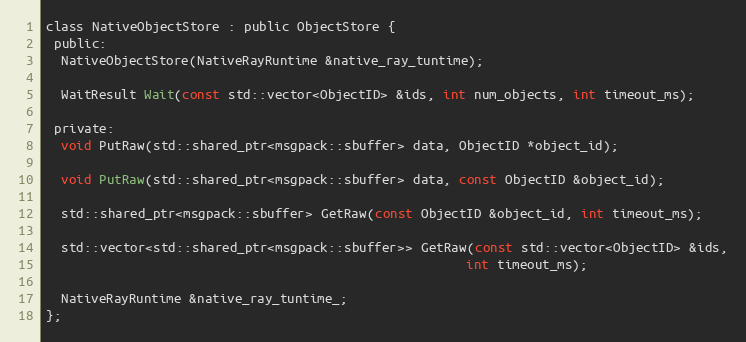
Language: C
class NativeObjectStore : public ObjectStore {
 public:
  NativeObjectStore(NativeRayRuntime &native_ray_tuntime);

  WaitResult Wait(const std::vector<ObjectID> &ids, int num_objects, int timeout_ms);

 private:
  void PutRaw(std::shared_ptr<msgpack::sbuffer> data, ObjectID *object_id);

  void PutRaw(std::shared_ptr<msgpack::sbuffer> data, const ObjectID &object_id);

  std::shared_ptr<msgpack::sbuffer> GetRaw(const ObjectID &object_id, int timeout_ms);

  std::vector<std::shared_ptr<msgpack::sbuffer>> GetRaw(const std::vector<ObjectID> &ids,
                                                        int timeout_ms);

  NativeRayRuntime &native_ray_tuntime_;
};